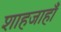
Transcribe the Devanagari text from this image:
शाहजाहाँ